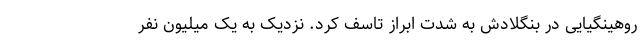
روهینگیایی در بنگلادش به شدت ابراز تاسف کرد. نزدیک به یک میلیون نفر